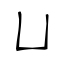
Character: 凵